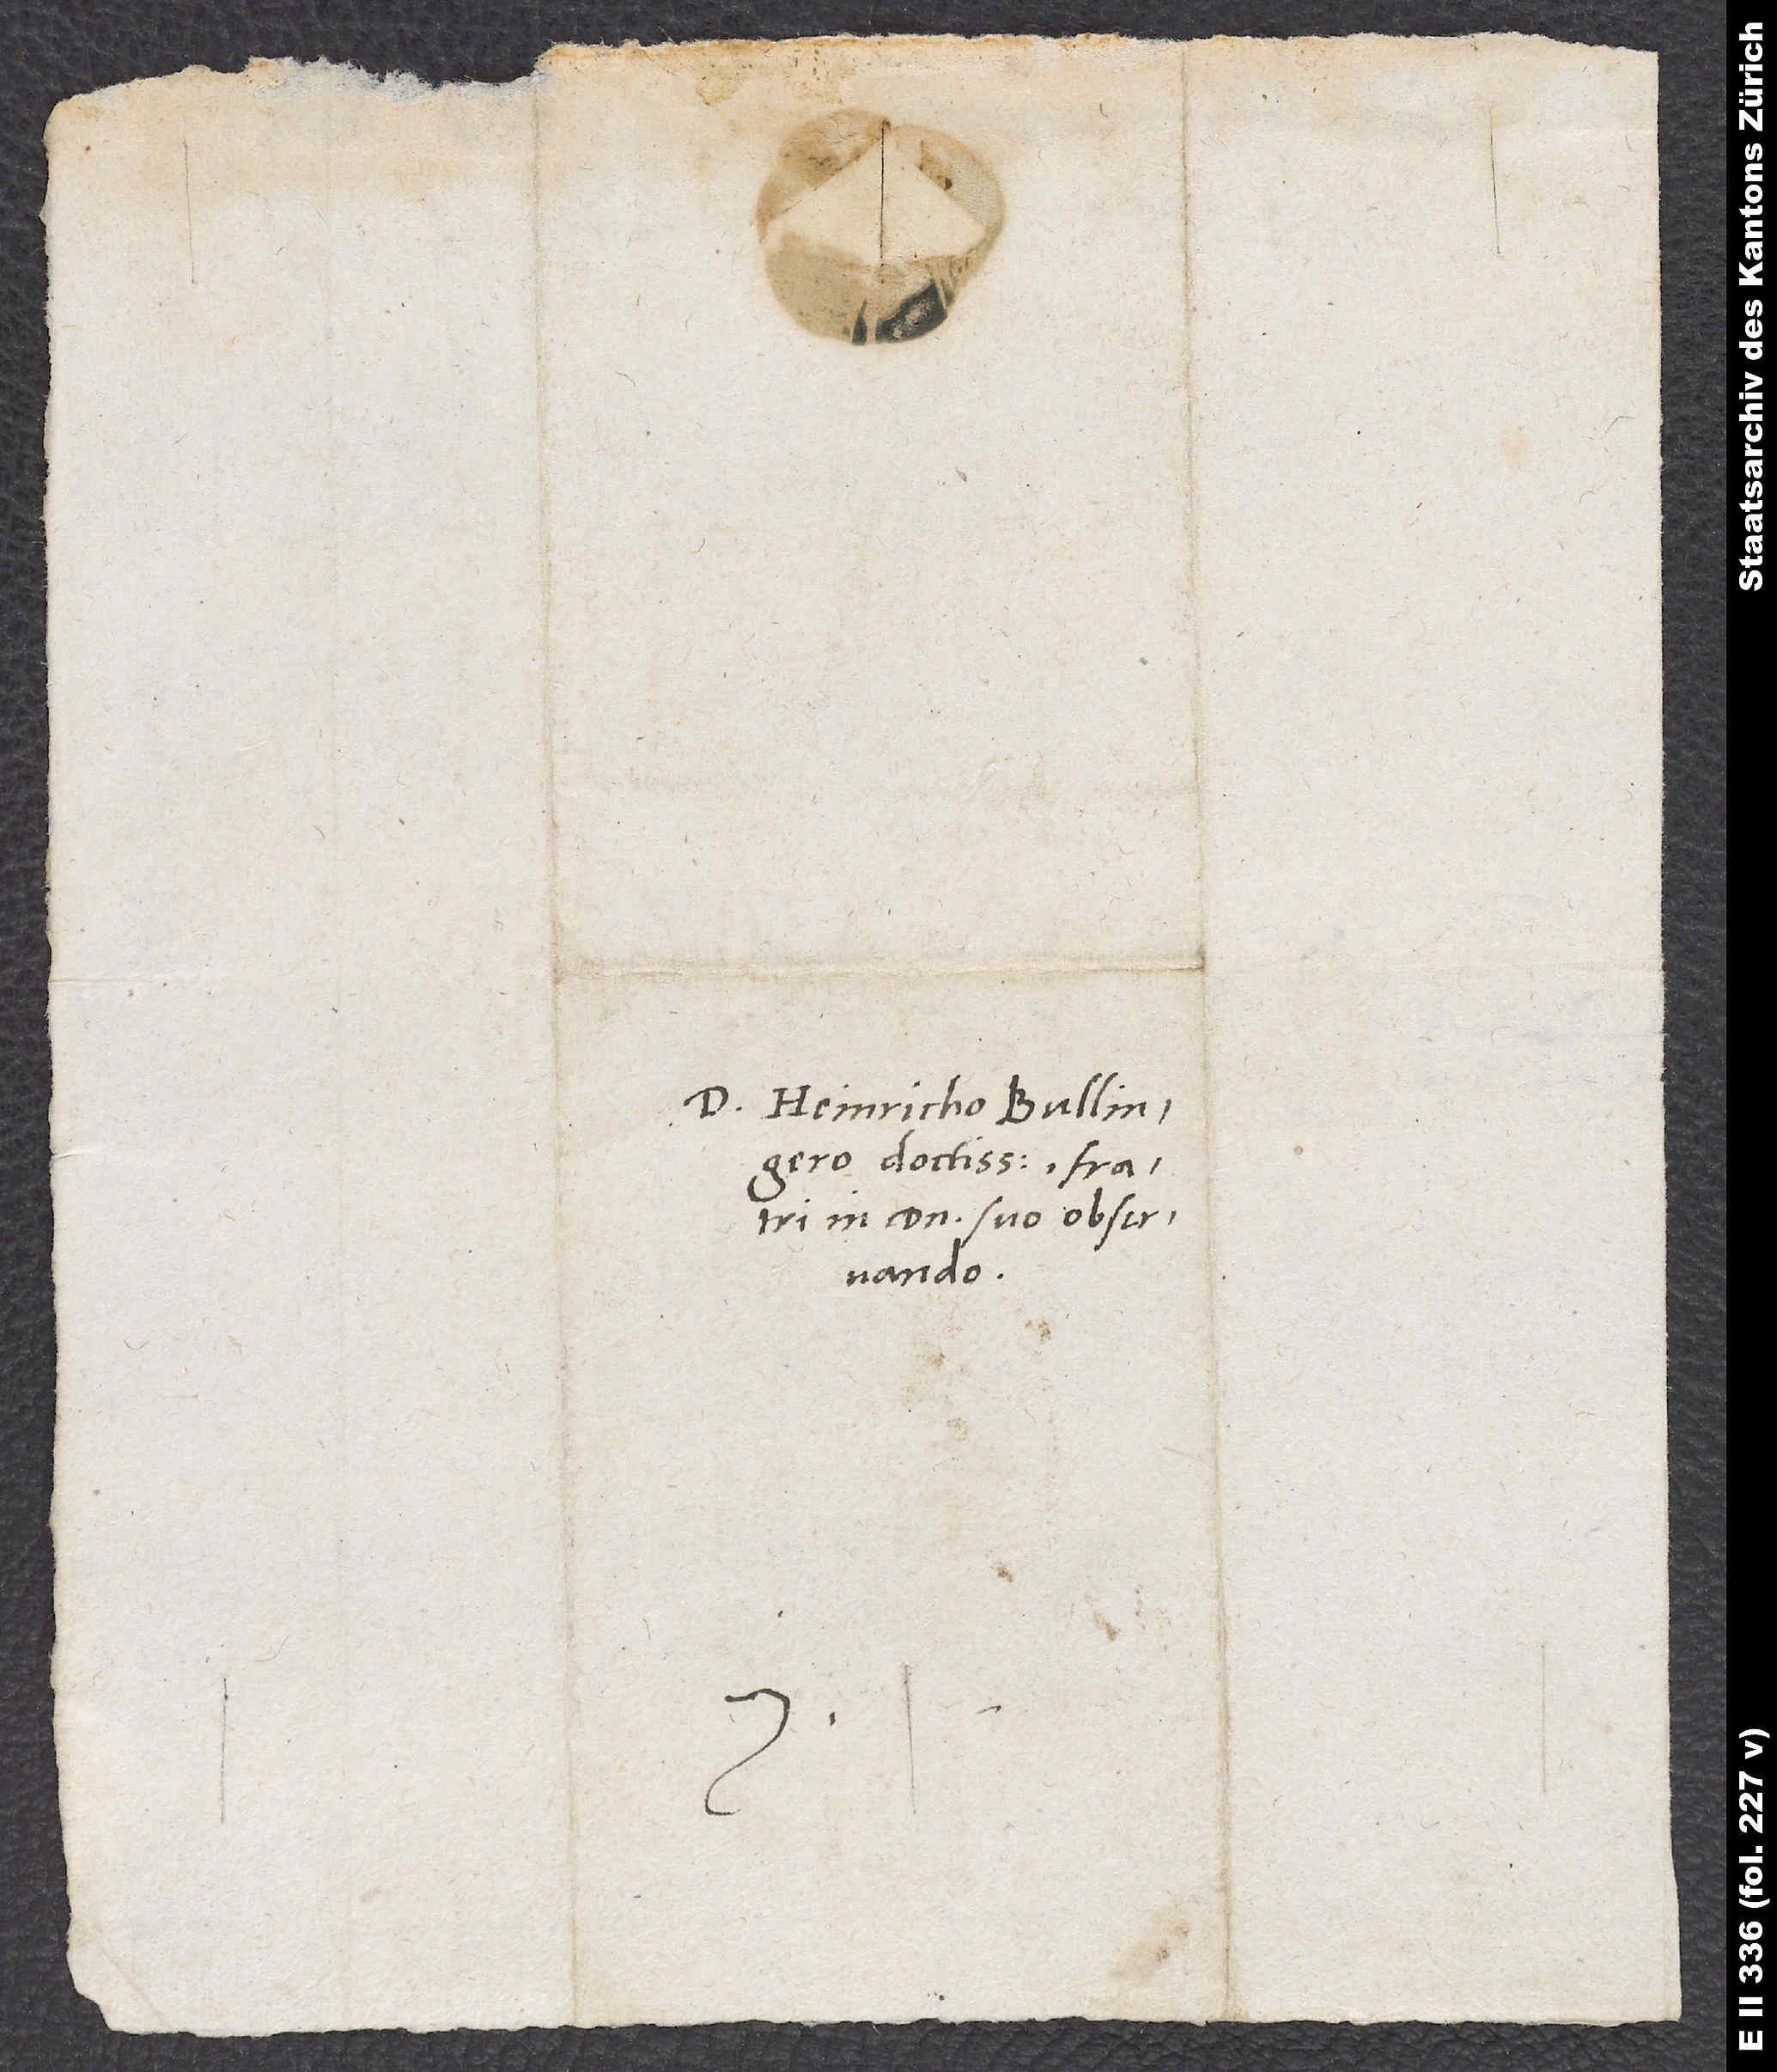
D. Heinricho Bullingero
doctissimo, fratri
in domino suo observando.